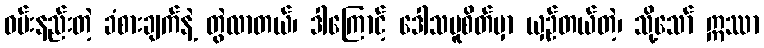
ဝမ်းနည်းတဲ့ ခံစားချက်နဲ့ တွဲလာတယ်၊ ဒါကြောင့် ဒေါသမူစိတ်မှာ ယှဉ်တယ်တဲ့၊ သို့သော် ဣဿာ